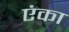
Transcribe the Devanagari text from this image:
एंका